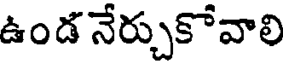
ఉండ నేర్చుకోవాలి